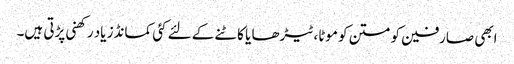
ابھی صارفین کو متن کو موٹا،ٹیڑھا یا کاٹنے کے لئے کئی کمانڈز یاد رکھنی پڑتی ہیں۔